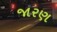
જારણ